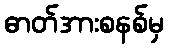
ဓာတ်အားစနစ်မှ